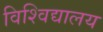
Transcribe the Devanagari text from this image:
विश्‍विद्यालय